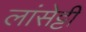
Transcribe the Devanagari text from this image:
लांसेट्टी